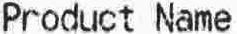
PRODUCT NAME